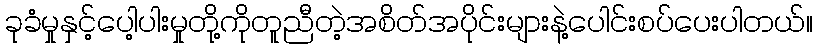
ခုခံမှုနှင့်ပေါ့ပါးမှုတို့ကိုတူညီတဲ့အစိတ်အပိုင်းများနဲ့ပေါင်းစပ်ပေးပါတယ်။